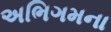
અભિગમના